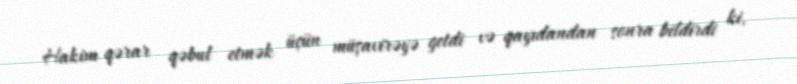
Hakim qərar qəbul etmək üçün müşavirəyə getdi və qayıdandan sonra bildirdi ki,